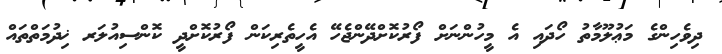
ދިވެހިންގެ މަޢުލޫމާތު ހޯދައި އެ މީހުންނަށް ފޯރުކޮށްދޭންޖެހޭ އެހީތެރިކަން ފޯރުކޮށްދީ ކޮންސިއުލަރ ޚިދުމަތްތައް